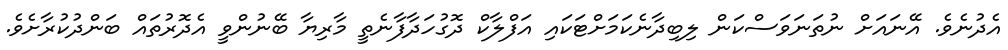
އެދުނެވެ. އޭނައަށް ނުތަނަވަސްކަން ލިބިދާނެކަމަށްޓަކައި އަފްލާކް ދޮގުހަދާފާނެތީ މާރިޔާ ބޭނުންވީ އެދޮރުތައް ބަންދުކުރާށެވެ.